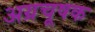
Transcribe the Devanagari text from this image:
अग्रचूषक